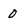
Character: 0